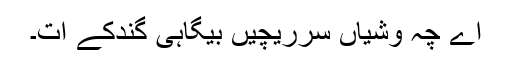
اے چہ وشّیاں سرریچیں بیگاہی گِندُکے اَت۔